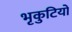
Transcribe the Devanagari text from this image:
भृकुटियों